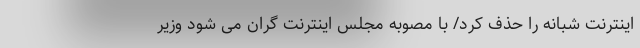
اینترنت شبانه را حذف کرد/ با مصوبه مجلس اینترنت گران می شود وزیر